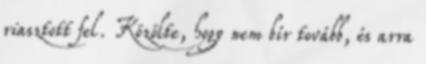
riasztott fel. Közölte, hogy nem bír tovább, és arra